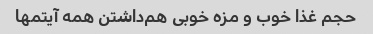
حجم غذا خوب و مزه خوبی هم‌داشتن همه آیتمها